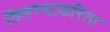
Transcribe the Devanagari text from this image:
विणण्याकरिता